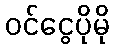
ဝင်ငွေပိုမို